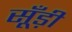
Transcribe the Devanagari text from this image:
सूँड़ी